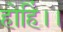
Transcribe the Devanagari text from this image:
होहिं।।